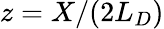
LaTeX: z=X/(2L_{D})